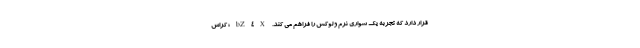
قرار دارد که تجربه یک سواری نرم و لوکس را فراهم می کند. bZ4X؛ کراس